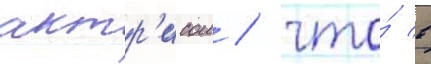
актр'исои / что́ в